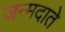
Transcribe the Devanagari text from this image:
जन्मदाते